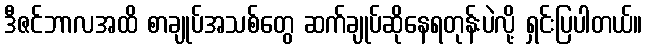
ဒီဇင်ဘာလအထိ စာချုပ်အသစ်တွေ ဆက်ချုပ်ဆိုနေရတုန်းပဲလို့ ရှင်းပြပါတယ်။